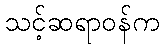
သင့်ဆရာဝန်က